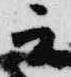
云